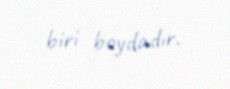
biri boydadır.